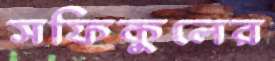
সফিকুলের